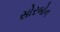
સોરબોન